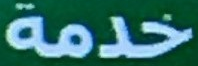
خدمة